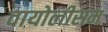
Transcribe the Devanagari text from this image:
वायोलीसम